Annual administration report of the Civil Veterinary Department of India - 1898-1899
Year: 1898
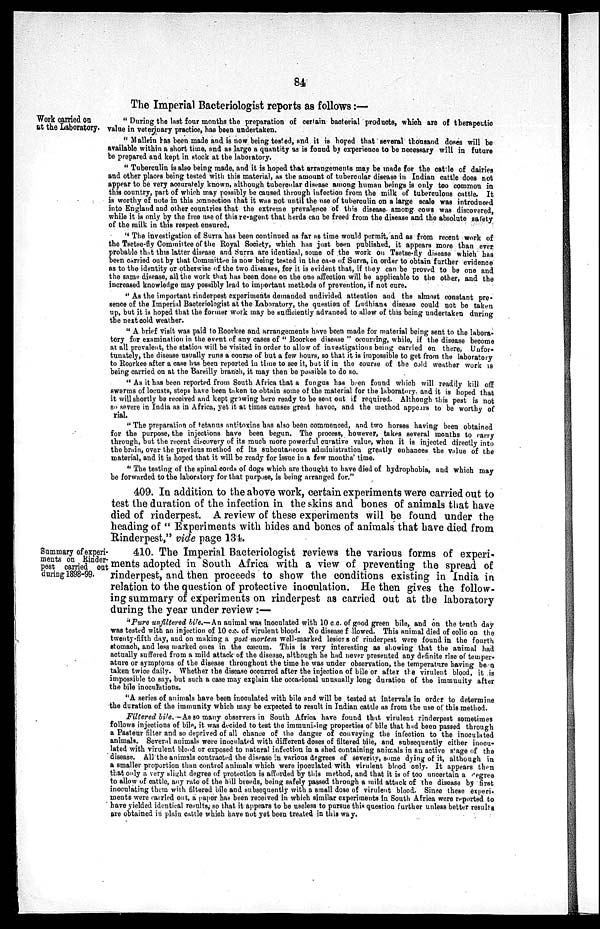
84
The Imperial Bacteriologist reports as follows:—
Work carried on
at the Laboratory.
"During the last four months the preparation of certain bacterial products, which are of therapettic
value in veterinary practice, has been undertaken.
"Mallein has been made and is now being tested, and it is hoped that several thousand doses will be
available within a short time, and as large a quantity as is found by experience to be necessary will in future
be prepared and kept in stock at the laboratory.
"Tuberculin is also being made, and it is hoped that arrangements may be made for the cattle of dairies
and other places being tested with this material, as the amount of tubercular disease in Indian cattle does not
appear to be very accurately known, although tubercular disease among human beings is only too common in
this country, part of which may possibly be caused through infection from the milk of tuberculous cattle. It
is worthy of note in this connection that it was not until the use of tuberculin on a large scale was introduced
into England and other countries that the extreme prevalence of this disease among cows was discovered,
while it is only by the free use of this re-agent that herds can be freed from the disease and the absolute safety
of the milk in this respect ensured.
"The investigation of Surra has been continued as far as time would permit, and as from recent work of
the Tsetse-fly Committee of the Royal Society, which has just been published, it appears more than ever
probable that this latter disease and Surra are identical, some of the work on Tsetse-fly disease which has
been carried out by that Committee is now being tested in the case of Surra, in order to obtain further evidence
as to the identity or otherwise of the two diseases, for it is evident that, if they can be proved to be one and
the same disease, all the work that has been done on the one affection will be applicable to the other, and the
increased knowledge may possibly lead to important methods of prevention, if not cure.
"As the important rinderpest experiments demanded undivided attention and the almost constant pre-
sence of the Imperial Bacteriologist at the Laboratory, the question of Ludhiana disease could not be taken
up, but it is hoped that the former work may be sufficiently advanced to allow of this being undertaken during
the next cold weather.
"A brief visit was paid to Roorkee and arrangements have been made for material being sent to the labora-
tory for examination in the event of any cases of "Roorkee disease" occurring, while, if the disease become
at all prevalent, the station will be visited in order to allow of investigations being carried on there, Unfor-
tunately, the disease usually runs a course of but a few hours, so that it is impossible to get from the laboratory
to Roorkee after a case has been reported in time to see it, but if in the course of the cold weather work is
being carried on at the Bareilly branch, it may then be possible to do so.
"As it has been reported from South Africa that a fungus has been found which will readily kill off
swarms of locusts, steps have been taken to obtain some of the material for the laboratory, and it is hoped that
it will shortly be received and kept growing here ready to be sent out if required. Although this pest is not
so severe in India as in Africa, yet it at times causes great havoc, and the method appears to be worthy of
rial.
"The preparation of tetanus antitoxine has also been commenced, and two horses having been obtained
for the purpose, the injections have been begun. The process, however, takes several months to carry
through, but the recent discovery of its much more powerful curative value, when it is injected directly into
the brain, over the previous method of its subcutaneous administration greatly enhances the value of the
material, and it is hoped that it will be ready for issue in a few months' time.
"The testing of the spinal cords of dogs which are thought to have died of hydrophobia, and which may
be forwarded to the laboratory for that purpose, is being arranged for."
409. In addition to the above work, certain experiments were carried out to
test the duration of the infection in the skins and bones of animals that have
died of rinderpest. A review of these experiments will be found under the
heading of "Experiments with hides and bones of animals that have died from
Rinderpest," vide page 134.
Summary of experi-
ments on Kinder-
pest carried out
during 1898-99.
410. The Imperial Bacteriologist reviews the various forms of experi-
ments adopted in South Africa with a view of preventing the spread of
rinderpest, and then proceeds to show the conditions existing in India in
relation to the question of protective inoculation. He then gives the follow-
ing summary of experiments on rinderpest as carried out at the laboratory
during the year under review:—
"Pure unfiltered bile.—An animal was Inoculated with 10 c.c. of good green bile, and on the tenth day
was tested with an injection of 10 c.c. of virulent blood. No disease followed. This animal died of colic on the
twenty-fifth day, and on making a post mortem well-marked lesiors of rinderpest were found in the fourth
stomach, and less marked ones in the oæcum. This is very interesting as showing that the animal had
actually suffered from a mild attack of the disease, although he had never presented any definite rise of temper-
ature or symptoms of the disease throughout the time he was under observation, the temperature having be n
taken twice daily. Whether the disease occurred after the injection of bile or after the virulent blood, it is
impossible to say, but such a case may explain the occasional unusually long duration of the immunity after
the bile inoculations.
"A series of animals have been inoculated with bile and will be tested at intervals in order to determine
the duration of the immunity which may be expected to result in Indian cattle as from the use of this method.
Filtered bile. -As so many observers in South Africa have found that virulent rinderpest sometimes
follows injections of bile, it was decided to test the immunising properties of bile that had been passed through
a Pasteur filter and so deprived of all chance of the danger of conveying the infection to the inoculated
animals. Several animals were inoculated with different doses of filtered bile, and subsequently either inocu-
lated with virulent blood or exposed to natural infection in a shed containing animals in an active stage of the
disease. All the animals contracted the disease in various degrees of severity, some dying of it, although in
a smaller proportion than control animals which were inoculated with virulent blood only. It appears then
that only a very slight degree of protection is afforded by this method, and that it is of too uncertain a degree
to allow of cattle, any rate of the hill breeds, being safely passed through a mild attack of the disease by first
inoculating them with filtered bile and subsequently with a small dose of virulent blood. Since these experi.
ments were carried out, a paper has been received in which similar experiments in South Africa were reported to
have yielded identical results, so that it appears to be useless to pursue this question further unless better results
are obtained in plain cattle which have not yet been treated in this way.